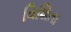
વિશિતા